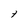
Character: 7